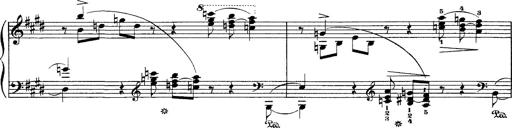
Title: Hungarian Rhapsody No.1
Composer: Franz Liszt
Key: C-sharp minor